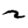
Digit: 2